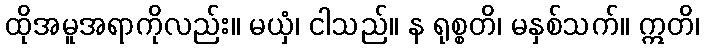
ထိုအမူအရာကိုလည်း။ မယှံ၊ ငါသည်။ န ရုစ္စတိ၊ မနှစ်သက်။ ဣတိ၊